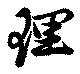
理